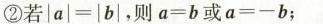
②若|a|=|b|，则a=b或a=-b；